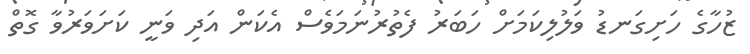
ޒުހާގެ ހަށިގަނޑު ވަލުލިކަމަށް ހަބަރު ފެތުރުނަމަވެސް އެކަން އަދި ވަނީ ކަށަވަރުވާ ގޮތް